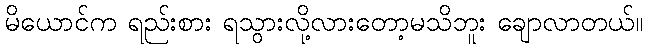
မိယောင်က ရည်းစား ရသွားလို့လားတော့မသိဘူး ချောလာတယ်။